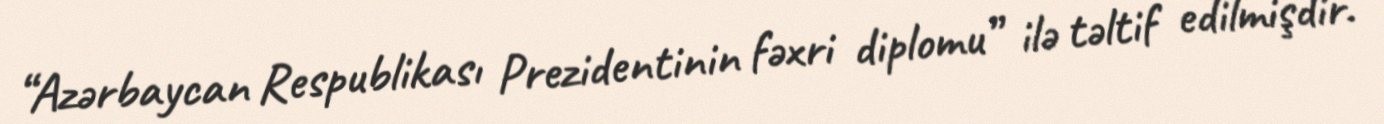
“Azərbaycan Respublikası Prezidentinin fəxri diplomu” ilə təltif edilmişdir.